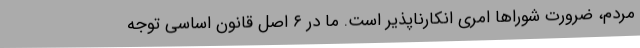
مردم، ضرورت شوراها امری انکارناپذیر است. ما در ۶ اصل قانون اساسی توجه